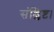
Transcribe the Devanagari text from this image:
संश्लिष्ट।